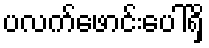
ပလက်ဖောင်းပေါ်ရှိ